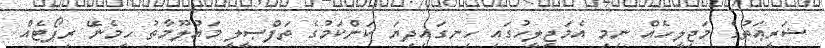
ޝަރީޢަތުގެ މަޖިލީހެއް ނިމި އެމަޖިލީހުގައި ހިނގައިދިޔަ ކަންކަމުގެ ތަފްޞީލީ މައުލޫމާތު ހިމެނޭ ރިޕޯޓެއް